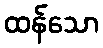
ထန်သော